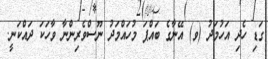
ގަޑި ހެދި އަހުމަދު (ވ) އޭނާގެ ބައްޕަ މުހައްމަދު ނޫސްވެރިންނާ ވާހަކަ ދައްކަނީ.